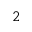
2